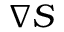
\nabla S